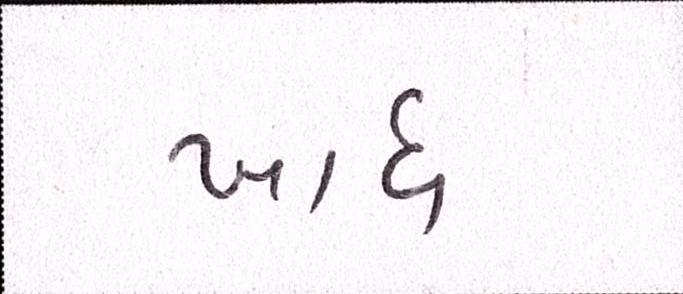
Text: ખાધ